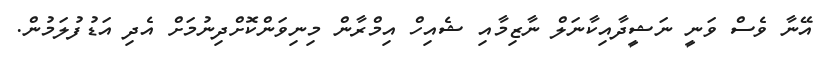
އޭނާ ވެސް ވަނީ ނަޝީދާއިކާނަލް ނާޒިމާއި ޝެއިހް އިމްރާން މިނިވަންކޮށްދިނުމަށް އެދި އަޑުފުލަމުން.